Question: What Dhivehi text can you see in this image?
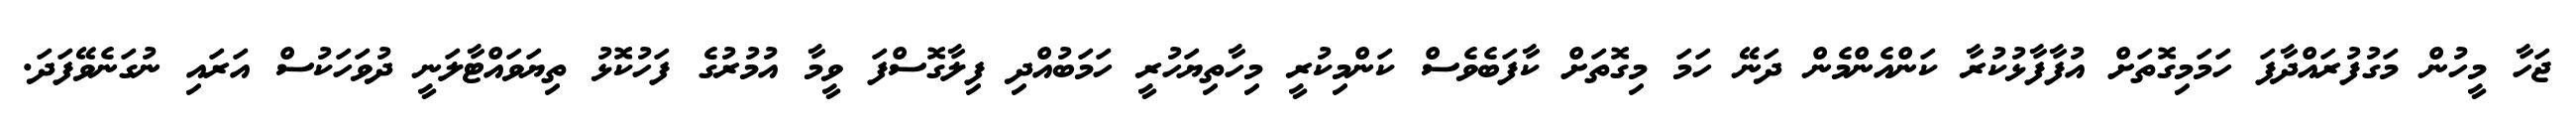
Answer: ޖަހާ މީހުން މަގުފުރައްދާފަ ހަމަމިގޮތަށް އުފާފާޅުކުރާ ކަންއެންމެން ދަނޭ ހަމަ މިގޮތަށް ކާފަބެވެސް ކަންމިކުރީ މިހާތިޔަހުރީ ހަމަބުއްދި ފިލާގޮސްފަ ވީމާ އުމުރުގެ ފަހުކޮޅު ތިޔަވައްޓާލަނީ ދުވަހަކުސް އަރައި ނުގަނެވޭފަދަ.